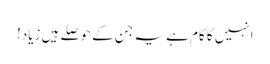
انہیں کا کام ہے یہ جن کے حوصلے ہیں زیاد!